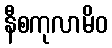
နီစကုလာမိဝ